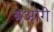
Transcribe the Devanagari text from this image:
यआगे